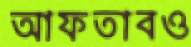
আফতাবও